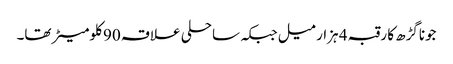
جوناگڑھ کا رقبہ 4 ہزار میل جبکہ ساحلی علاقہ 90 کلومیٹر تھا۔